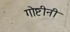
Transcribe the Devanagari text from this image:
गोष्टीनी